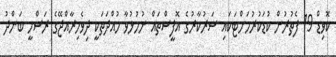
ކޮވިޑް-19 ފެތުރުން ކުޑަކުރުމަށްޓަކައި ސަރުކާރުގެ އޮފީސްތައް ނުހުޅުވާ މުއްދަތަކީ ދިވެހިރާއްޖޭގެ ރަސްމީ ބަންދު